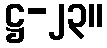
ဋ္ဌ-၂၃။